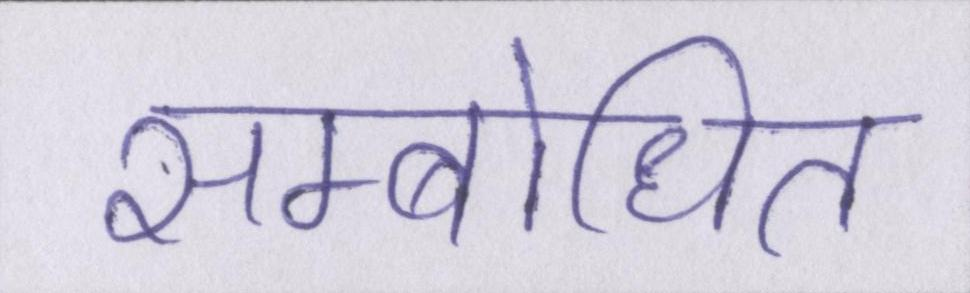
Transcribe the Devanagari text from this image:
सम्बोधित